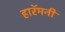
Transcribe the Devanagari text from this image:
हारॅमनी